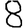
Digit: 8